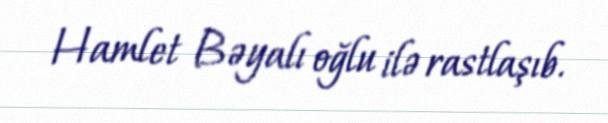
Hamlet Bəyalı oğlu ilə rastlaşıb.